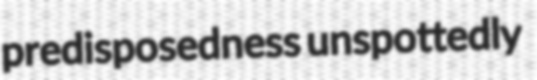
predisposedness unspottedly